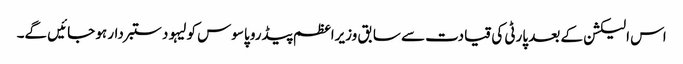
اس الیکشن کے بعد پارٹی کی قیادت سے سابق وزیراعظم پیڈرو پاسوس کولیہو دستبردار ہو جائیں گے۔